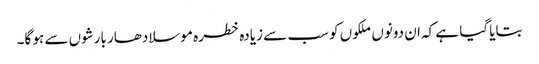
بتایا گیا ہے کہ ان دونوں ملکوں کو سب سے زیادہ خطرہ موسلادھار بارشوں سے ہو گا۔